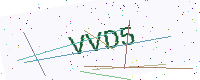
Text: VVD5